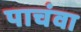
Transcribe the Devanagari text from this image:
पाचंवा